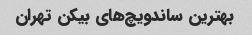
بهترین ساندویچ‌های بیکن تهران